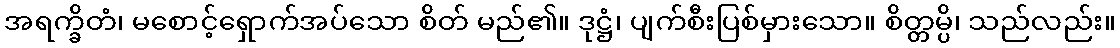
အရက္ခိတံ၊ မစောင့်ရှောက်အပ်သော စိတ် မည်၏။ ဒုဋ္ဌံ၊ ပျက်စီးပြစ်မှားသော။ စိတ္တမ္ပိ၊ သည်လည်း။